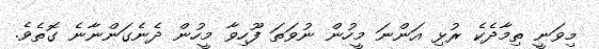
މިވަނީ ތިމާދެކެ ރުޅި އަންނަ މީހުން ނުވަތަ ފޫހިވާ މީހުން ދެނެގަންނާނެ ގޮތެވެ.